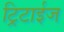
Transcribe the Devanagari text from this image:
ट्रिटाईज